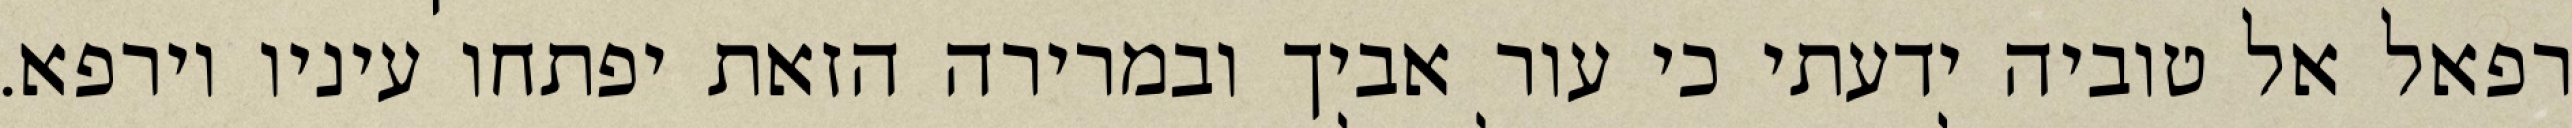
רפאל אל טוביה ידעתי כי עור אביך ובמרירה הזאת יפתחו עיניו וירפא.